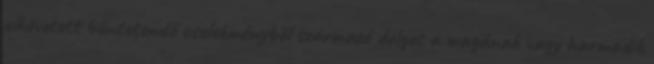
elkövetett büntetendő cselekményből származó dolgot a magának vagy harmadik